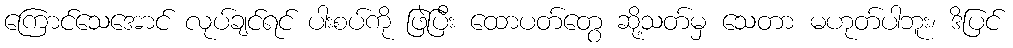
ကြောင်သေအောင် လုပ်ချင်ရင် ပါးစပ်ကို ဖြဲပြီး ထောပတ်တွေ ဆို့သတ်မှ သေတာ မဟုတ်ပါဘူး၊ ဒိပြင်